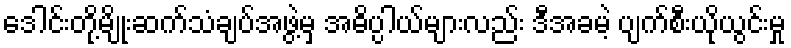
ဒေါင်းတို့မျိုးဆက်သံချပ်အဖွဲ့မှ အဓိပ္ပါယ်များလည်း ဒီအခမဲ့ ပျက်စီးယိုယွင်းမှု